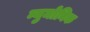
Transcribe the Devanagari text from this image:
न्युमोनिक